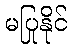
မပြုနိုင်